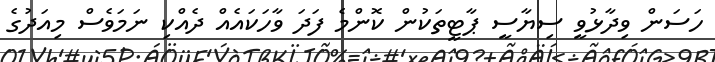
ހަސަން ވިދާޅުވީ ސިޔާސީ ޕާޓީތަކުން ކޮންމެ ފަދަ ވާހަކައެއް ދެއްކި ނަމަވެސް މިއަދުގެ